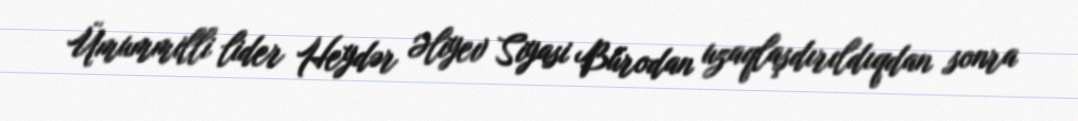
Ümummilli lider Heydər Əliyev Siyasi Bürodan uzaqlaşdırıldıqdan sonra